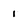
Character: i